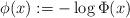
LaTeX: \begin{align*} \phi(x) := - \log \Phi(x) \end{align*}